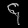
Digit: ၄